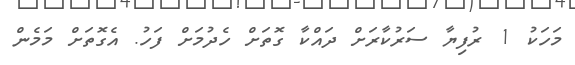
މަހަކު 1 ރުފިޔާ ސަރުކާރަށް ދައްކާ ގޮތަށް ހެދުމަށް ފަހު. އެގޮތަށް މަމެން